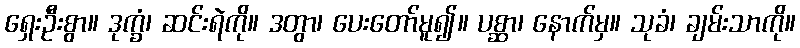
ရှေးဦးစွာ။ ဒုက္ခံ၊ ဆင်းရဲကို။ ဒတွာ၊ ပေးတော်မူ၍။ ပစ္ဆာ၊ နောက်မှ။ သုခံ၊ ချမ်းသာကို။